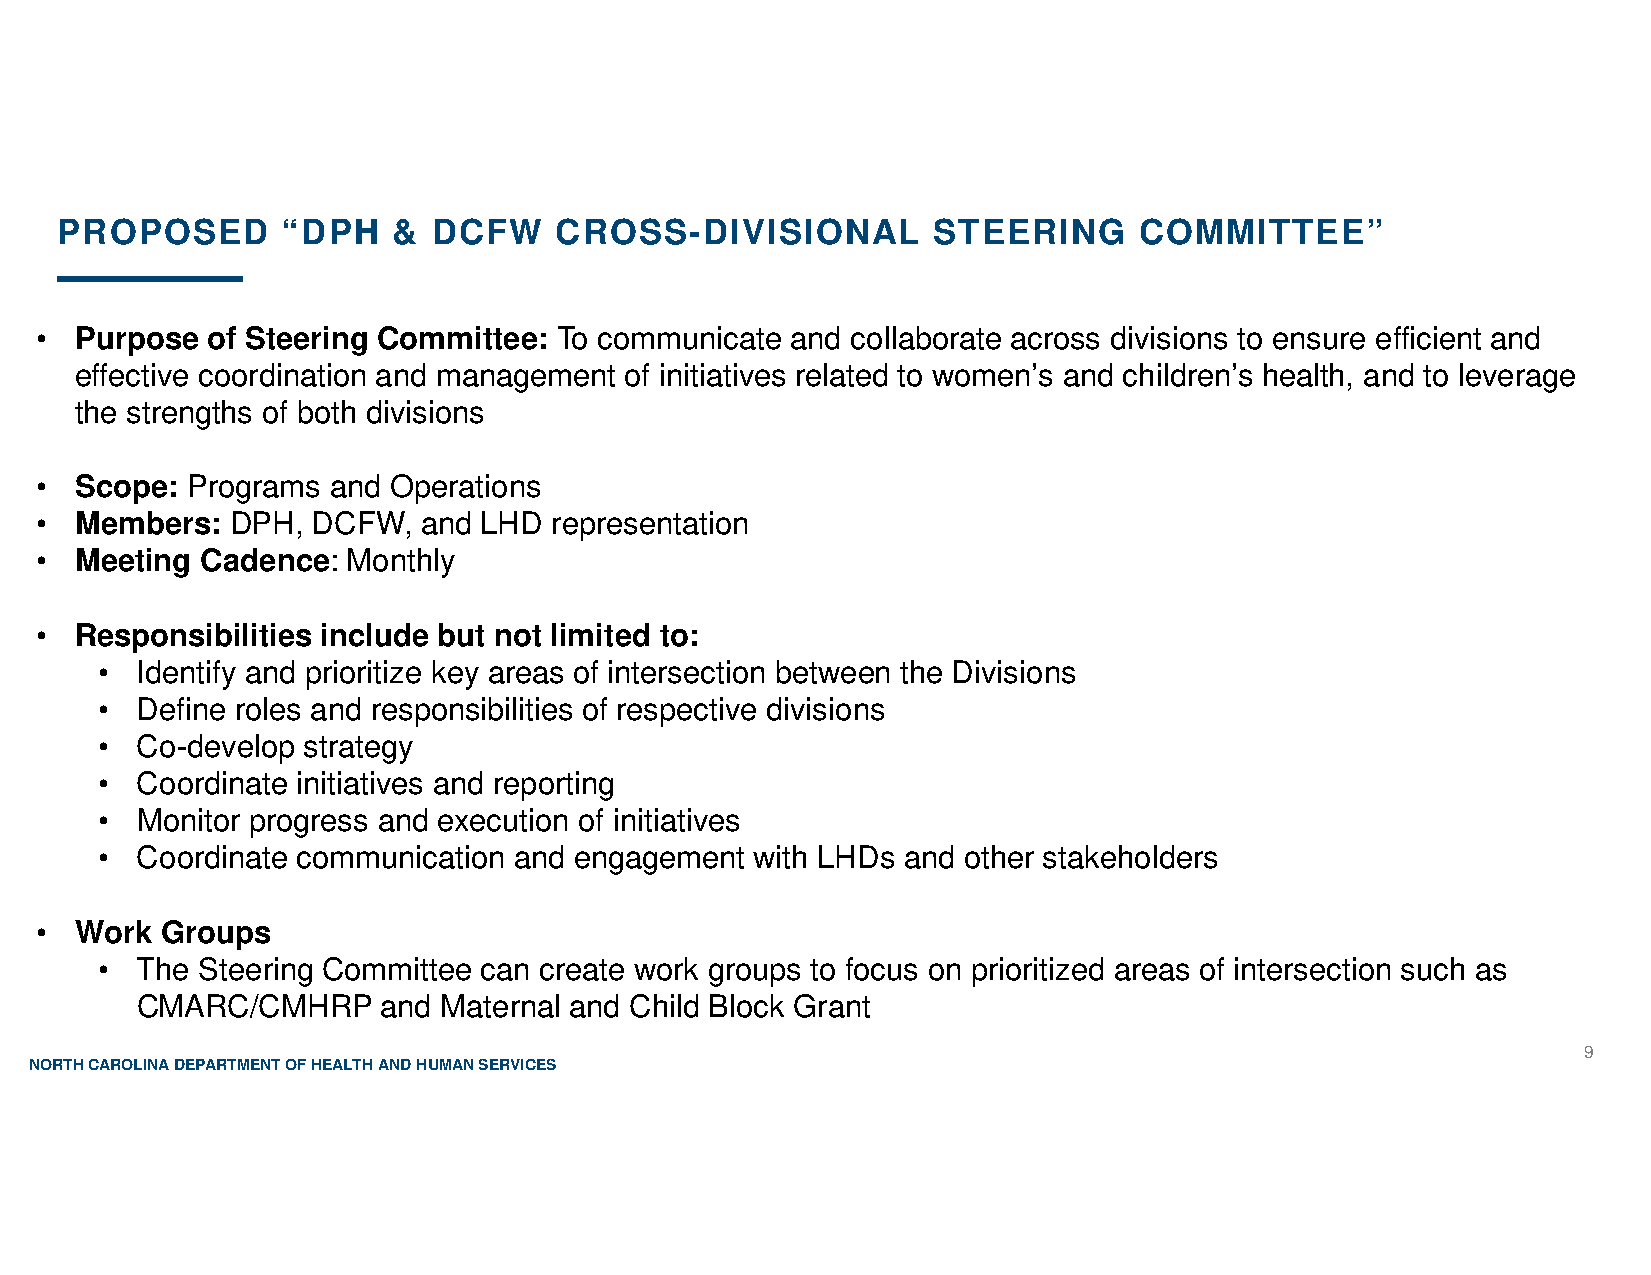
PROPOSED       “DPH   &  DCFW    CROSS-DIVISIONAL         STEERING     COMMITTEE”
 •  Purpose  of Steering Committee: To communicate and collaborate across divisions to ensure efficient and
 effective coordination and management of initiatives related to women’s and children’s health, and to leverage
 the strengths of both divisions
 •  Scope: Programs  and Operations
 •  Members:  DPH,  DCFW,  and LHD representation
 •  Meeting Cadence:  Monthly
 •  Responsibilities include but not limited to:
 • Identify and prioritize key areas of intersection between the Divisions
 • Define roles and responsibilities of respective divisions
 • Co-develop strategy
 • Coordinate initiatives and reporting
 • Monitor progress and execution of initiatives
 • Coordinate communication and engagement  with LHDs and other stakeholders
 •  Work  Groups
 • The Steering Committee can create work groups to focus on prioritized areas of intersection such as
 CMARC/CMHRP     and Maternal and Child Block Grant
 9
 NORTH CAROLINA DEPARTMENT OF HEALTH AND HUMAN SERVICES